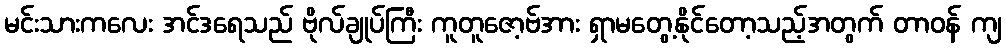
မင်းသားကလေး အင်ဒရေသည် ဗိုလ်ချုပ်ကြီး ကူတူဇော့ဗ်အား ရှာမတွေ့နိုင်တော့သည့်အတွက် တာဝန် ကျ